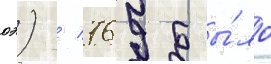
оэ) / 769 бы́ло